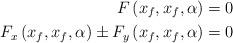
LaTeX: \begin{align*}F\left( x_{f},x_{f},\alpha\right) & =0\\F_{x}\left( x_{f},x_{f},\alpha\right) \pm F_{y}\left( x_{f},x_{f},\alpha\right) & =0\end{align*}